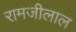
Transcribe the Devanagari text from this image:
रामजीलाल